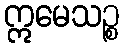
ဣမေသဉ္စ